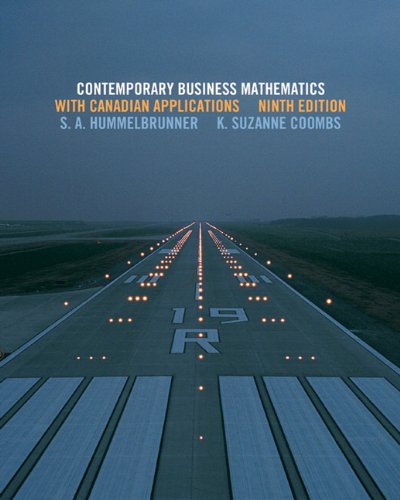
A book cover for Contemporary Business Mathematics with Canadian Applications with MyMathLab (9th Edition); S. A. Hummelbrunner; Business & Money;